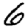
Digit: 6